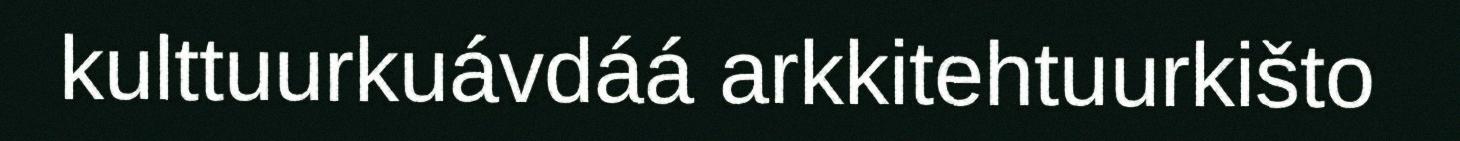
kulttuurkuávdáá arkkitehtuurkišto